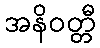
အနိဝတ္တီ